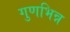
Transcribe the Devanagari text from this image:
गुणभिन्न